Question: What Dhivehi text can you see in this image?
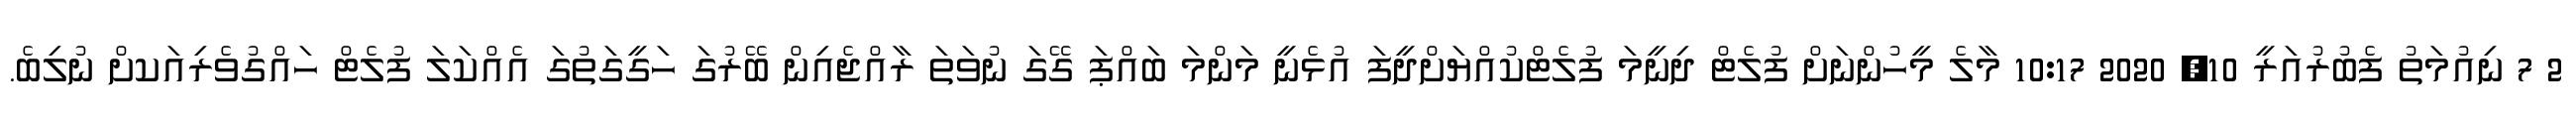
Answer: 2 7 ނިއުމަތު ފެބުރުއަރީ 10, 2020 10:17 މާލެ މީހުންނަށް ފުލެޓް ދިނީމަ ފުލެޓްކުއްޔަށްދީފަ އުޅެނީ މަންމަ ބައްޕަ ގޭގަ ނުވަތަ ރާއްޖެއިން ބޭރުގަ ހަގީގަތުގަ އެއްކަލަ ފުލެޓް ހައްގުވެރިއަކށް ނުލިބެ.